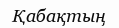
Қабақтың